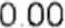
0.00